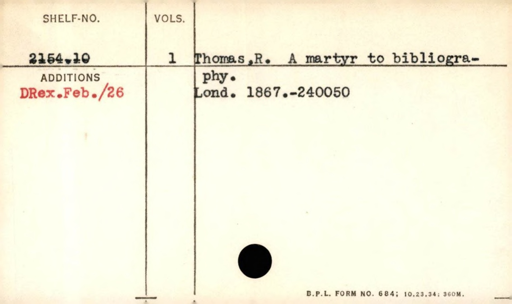
Label: content